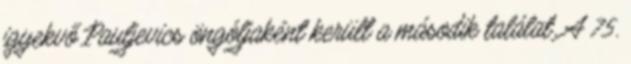
igyekvő Pauljevics öngóljaként került a második találat. A 75.